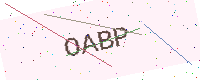
Text: OABP